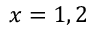
x = 1 , 2